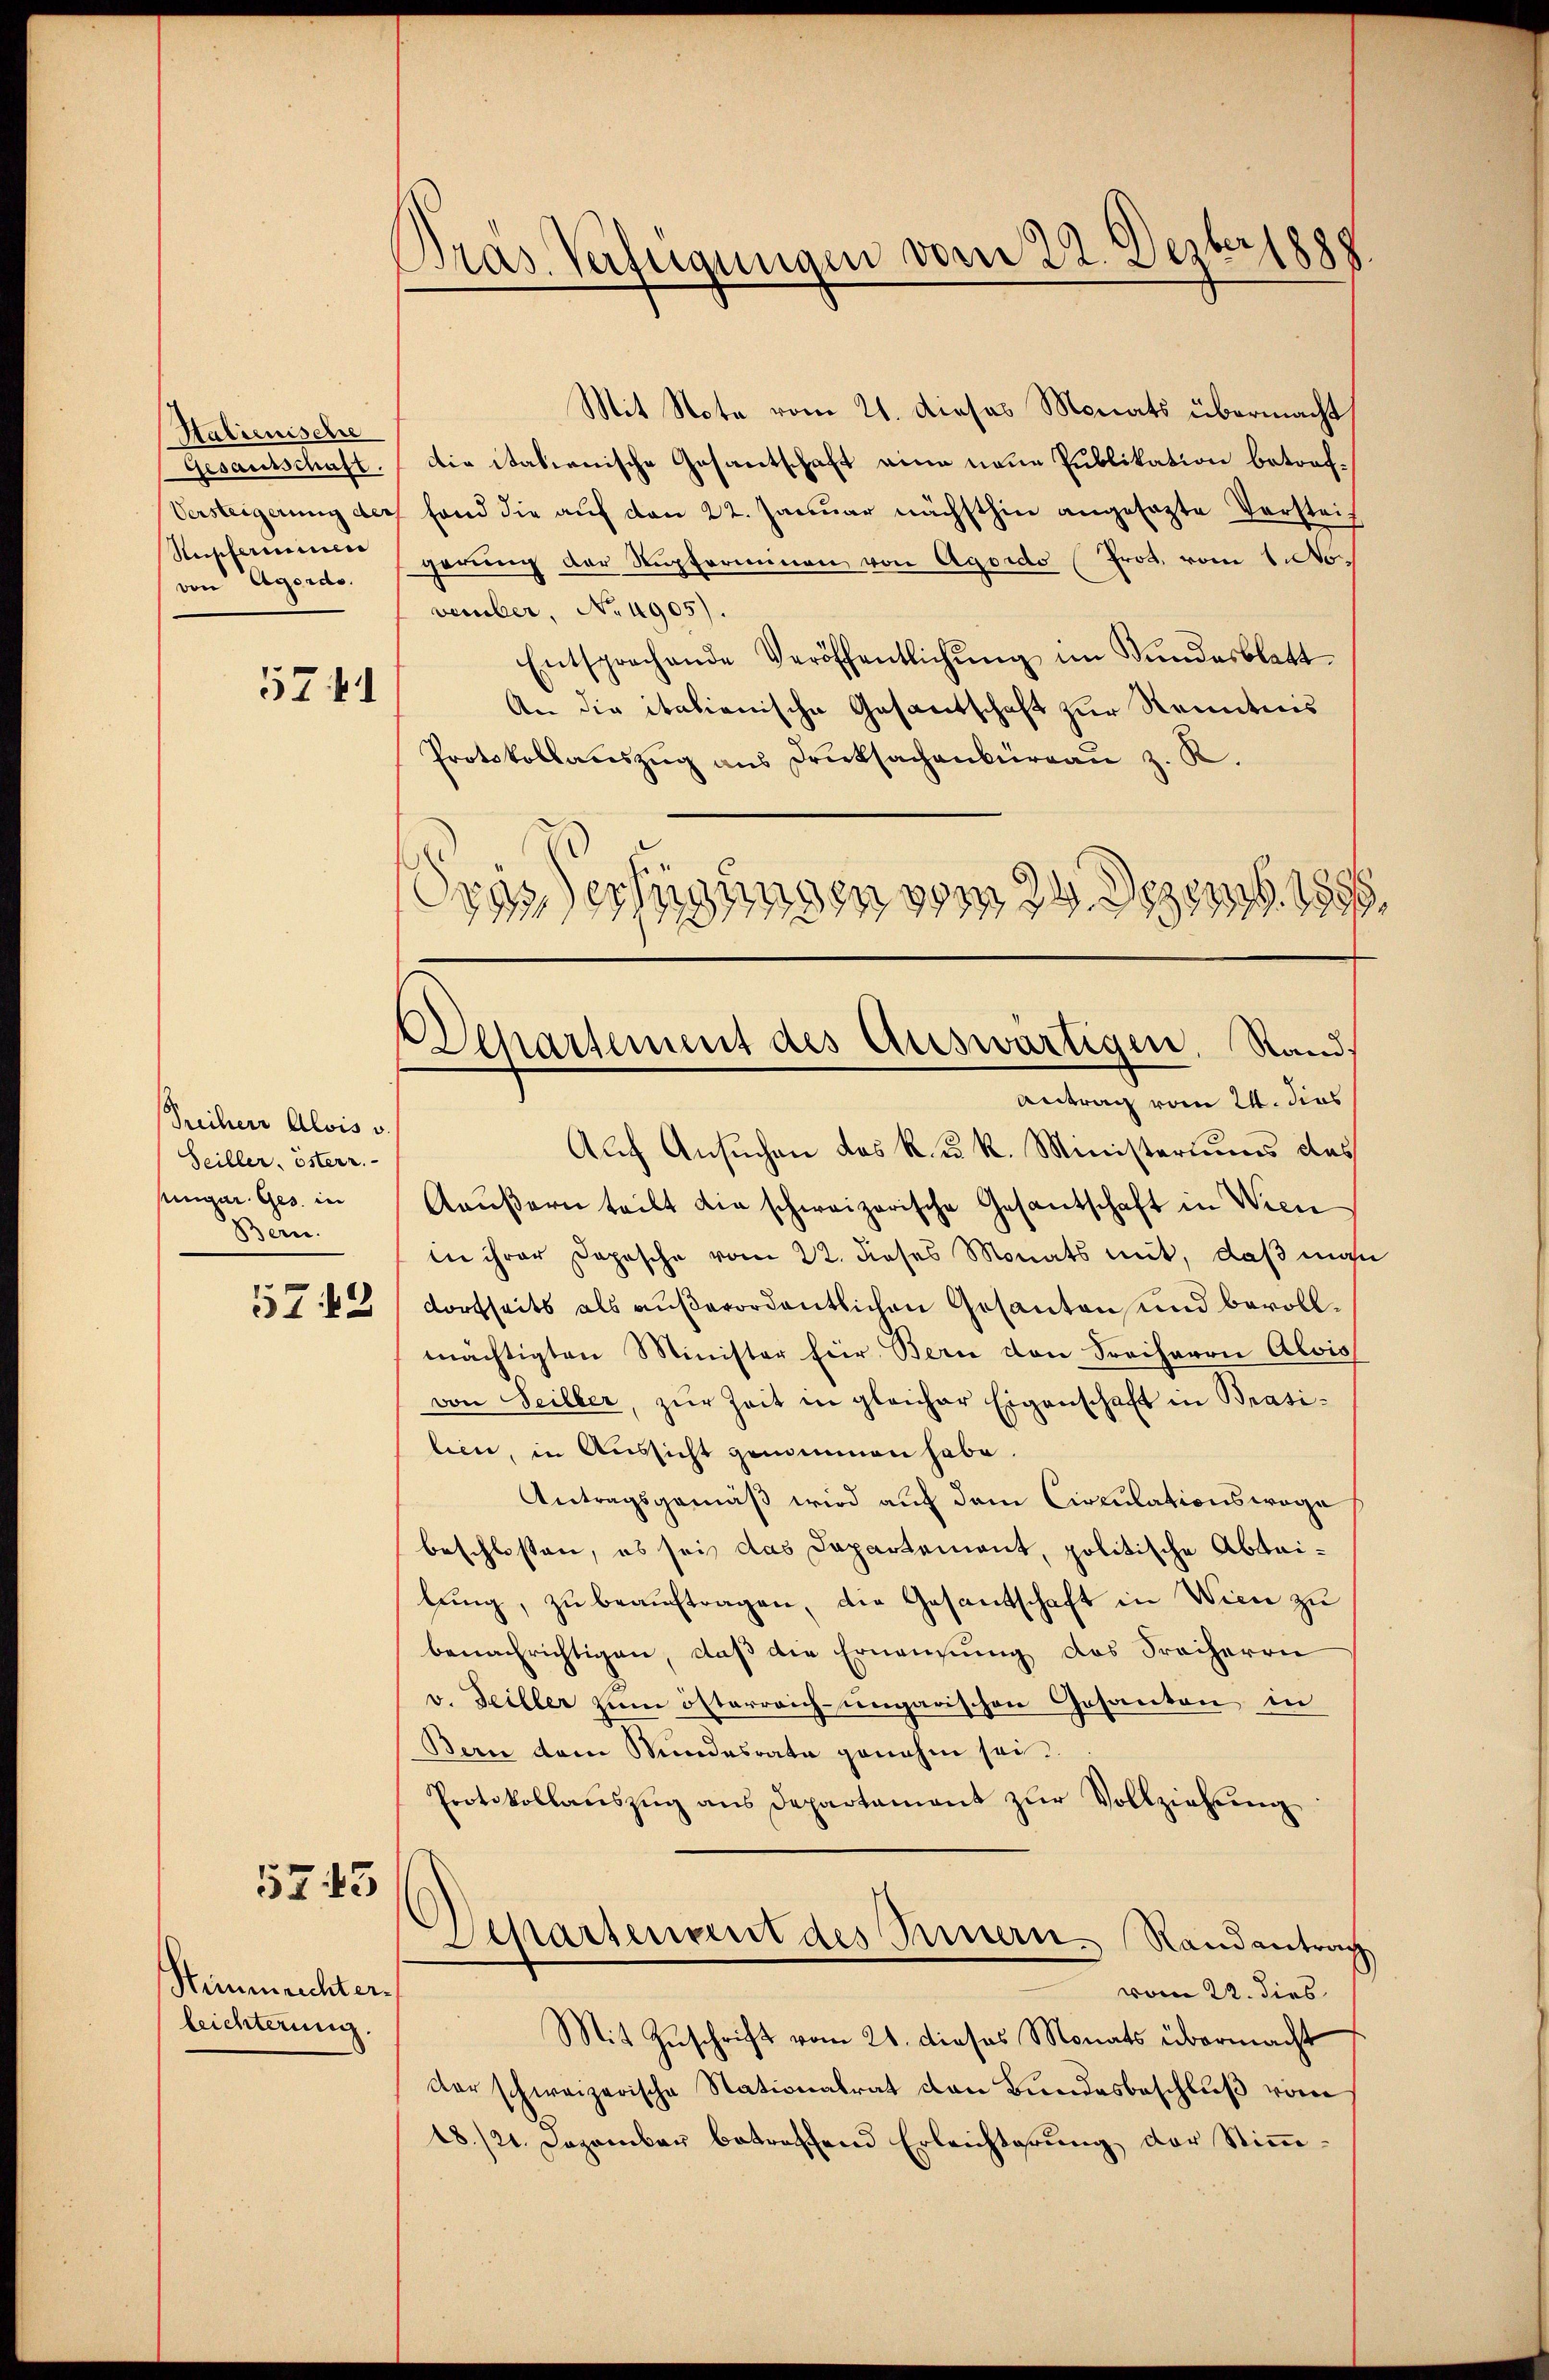
Halienische
von Agordo.

5741

Freiherr Alois v.
Seiller, österr.
mingar. Ges. in
Bern.
5743

5743

Mit Note vom 21. dieses Monats übermacht
Gesandtschaft. Die italienische Gesantschaft eine neue Publikation betrof¬
Versteigerŭng der fand die aŭf den 22. Janŭar nächsthin angesagte Versteif
Verscheinen gerung der Kupferminen von Agords (Prot. vom 1. No.
vember, No 4905).
Entsprechende Veröffentlichŭng im Stundesblatt.
An die italionische Gesantschaft zur Kenntnis
Protokollauszug aus Drucksachenburgau z. R.
ras erfügungen vom 24. Dezemb. 1886.

Stimmmrichter
leichterung.

Dras. Verfügungen vom 22. Dezbrige

Separtement des Auswärtigen, Rand.
Antrag vom 24. dies

Auf Ansuchen das R. u. k. Ministeriums das
Aäußern teilt die schweizerische Gesantschaft in Wien
in ihrer Depesche vom 22. dieses Monats mit, daß man
dortseits als außerordentlichen Gesanten und bevollmächtigten Minister für Bern von Freiherrn Alois
von Seilber, zŭr Zeit in gleicher Eigenschaft in Brasilien, in Aussicht genommen habe.
Antragsgemäß wird auf dem Circulationswage
beschlossen, es sei das Departement, politische Abtailŭng, zu beauftragen, die Gesantschaft in Wien zu
benachrichtigen, daß die Ernennung des Freiherrn
v. Teiller zum österreich-ungarischen Gesanten in
Bern dem Stundesrate genahm sei.
Protokollauszug aus Departament zur Vollziehung
Schartenant des Innern Randantrag
vom 22. dies
Mit Zuschrift vom 21. dieses Monats übermacht
der schweizerische Stationalrat den Bundesbeschluß von
18./21. Dezember betreffend Erleichterung der Stimm¬